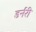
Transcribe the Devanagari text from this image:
डर्नरी